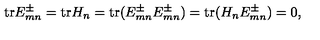
\mathrm { t r } E _ { m n } ^ { \pm } = \mathrm { t r } H _ { n } = \mathrm { t r } ( E _ { m n } ^ { \pm } E _ { m n } ^ { \pm } ) = \mathrm { t r } ( H _ { n } E _ { m n } ^ { \pm } ) = 0 ,